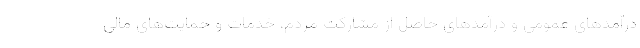
درآمدهای عمومی و درآمدهای حاصل از مشارکت مردم، خدمات و حمایت‌های مالی